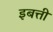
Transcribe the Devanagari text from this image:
इबत्ती